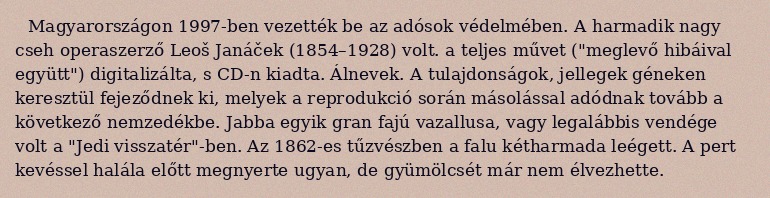
Magyarországon 1997-ben vezették be az adósok védelmében. A harmadik nagy cseh operaszerző Leoš Janáček (1854–1928) volt. a teljes művet ("meglevő hibáival együtt") digitalizálta, s CD-n kiadta. Álnevek. A tulajdonságok, jellegek géneken keresztül fejeződnek ki, melyek a reprodukció során másolással adódnak tovább a következő nemzedékbe. Jabba egyik gran fajú vazallusa, vagy legalábbis vendége volt a "Jedi visszatér"-ben. Az 1862-es tűzvészben a falu kétharmada leégett. A pert kevéssel halála előtt megnyerte ugyan, de gyümölcsét már nem élvezhette.